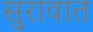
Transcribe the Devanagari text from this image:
सुरावात